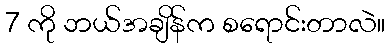
7 ကို ဘယ်အချိန်က စရောင်းတာလဲ။